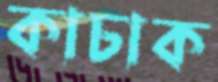
কাচাক